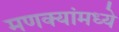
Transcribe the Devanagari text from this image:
मणक्यांमध्ये